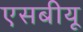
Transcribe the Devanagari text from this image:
एसबीयू